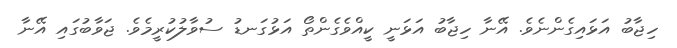
ހިޖާބު އަޅައިގެންނެވެ. އޭނާ ހިޖާބު އަޅަނީ ކީއްވެގެންތޯ އަޅުގަނޑު ސުވާލުކުރީމެވެ. ޖަވާބުގައި އޭނާ